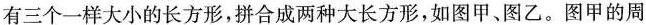
有三个一样大小的长方形，拼合成两种大长方形，如图甲、图乙。图甲的周